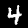
Digit: 4